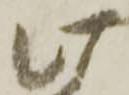
此